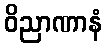
ဝိညာဏာနံ